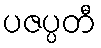
ပဇပ္ပတီ